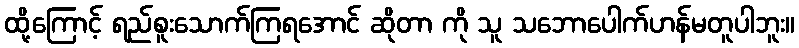
ထို့ကြောင့် ရည်စူးသောက်ကြရအောင် ဆိုတာ ကို သူ သဘောပေါက်ဟန်မတူပါဘူး။